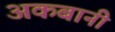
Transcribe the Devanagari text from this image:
अकबानी